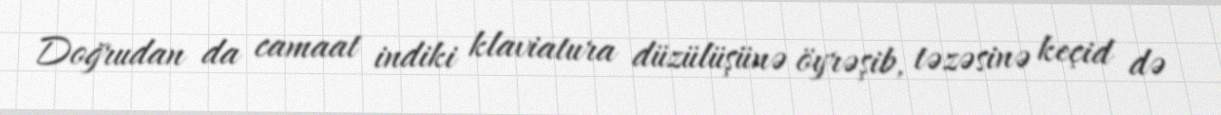
Doğrudan da camaat indiki klaviatura düzülüşünə öyrəşib, təzəsinə keçid də